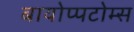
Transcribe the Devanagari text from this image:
बायोप्पटोम्स